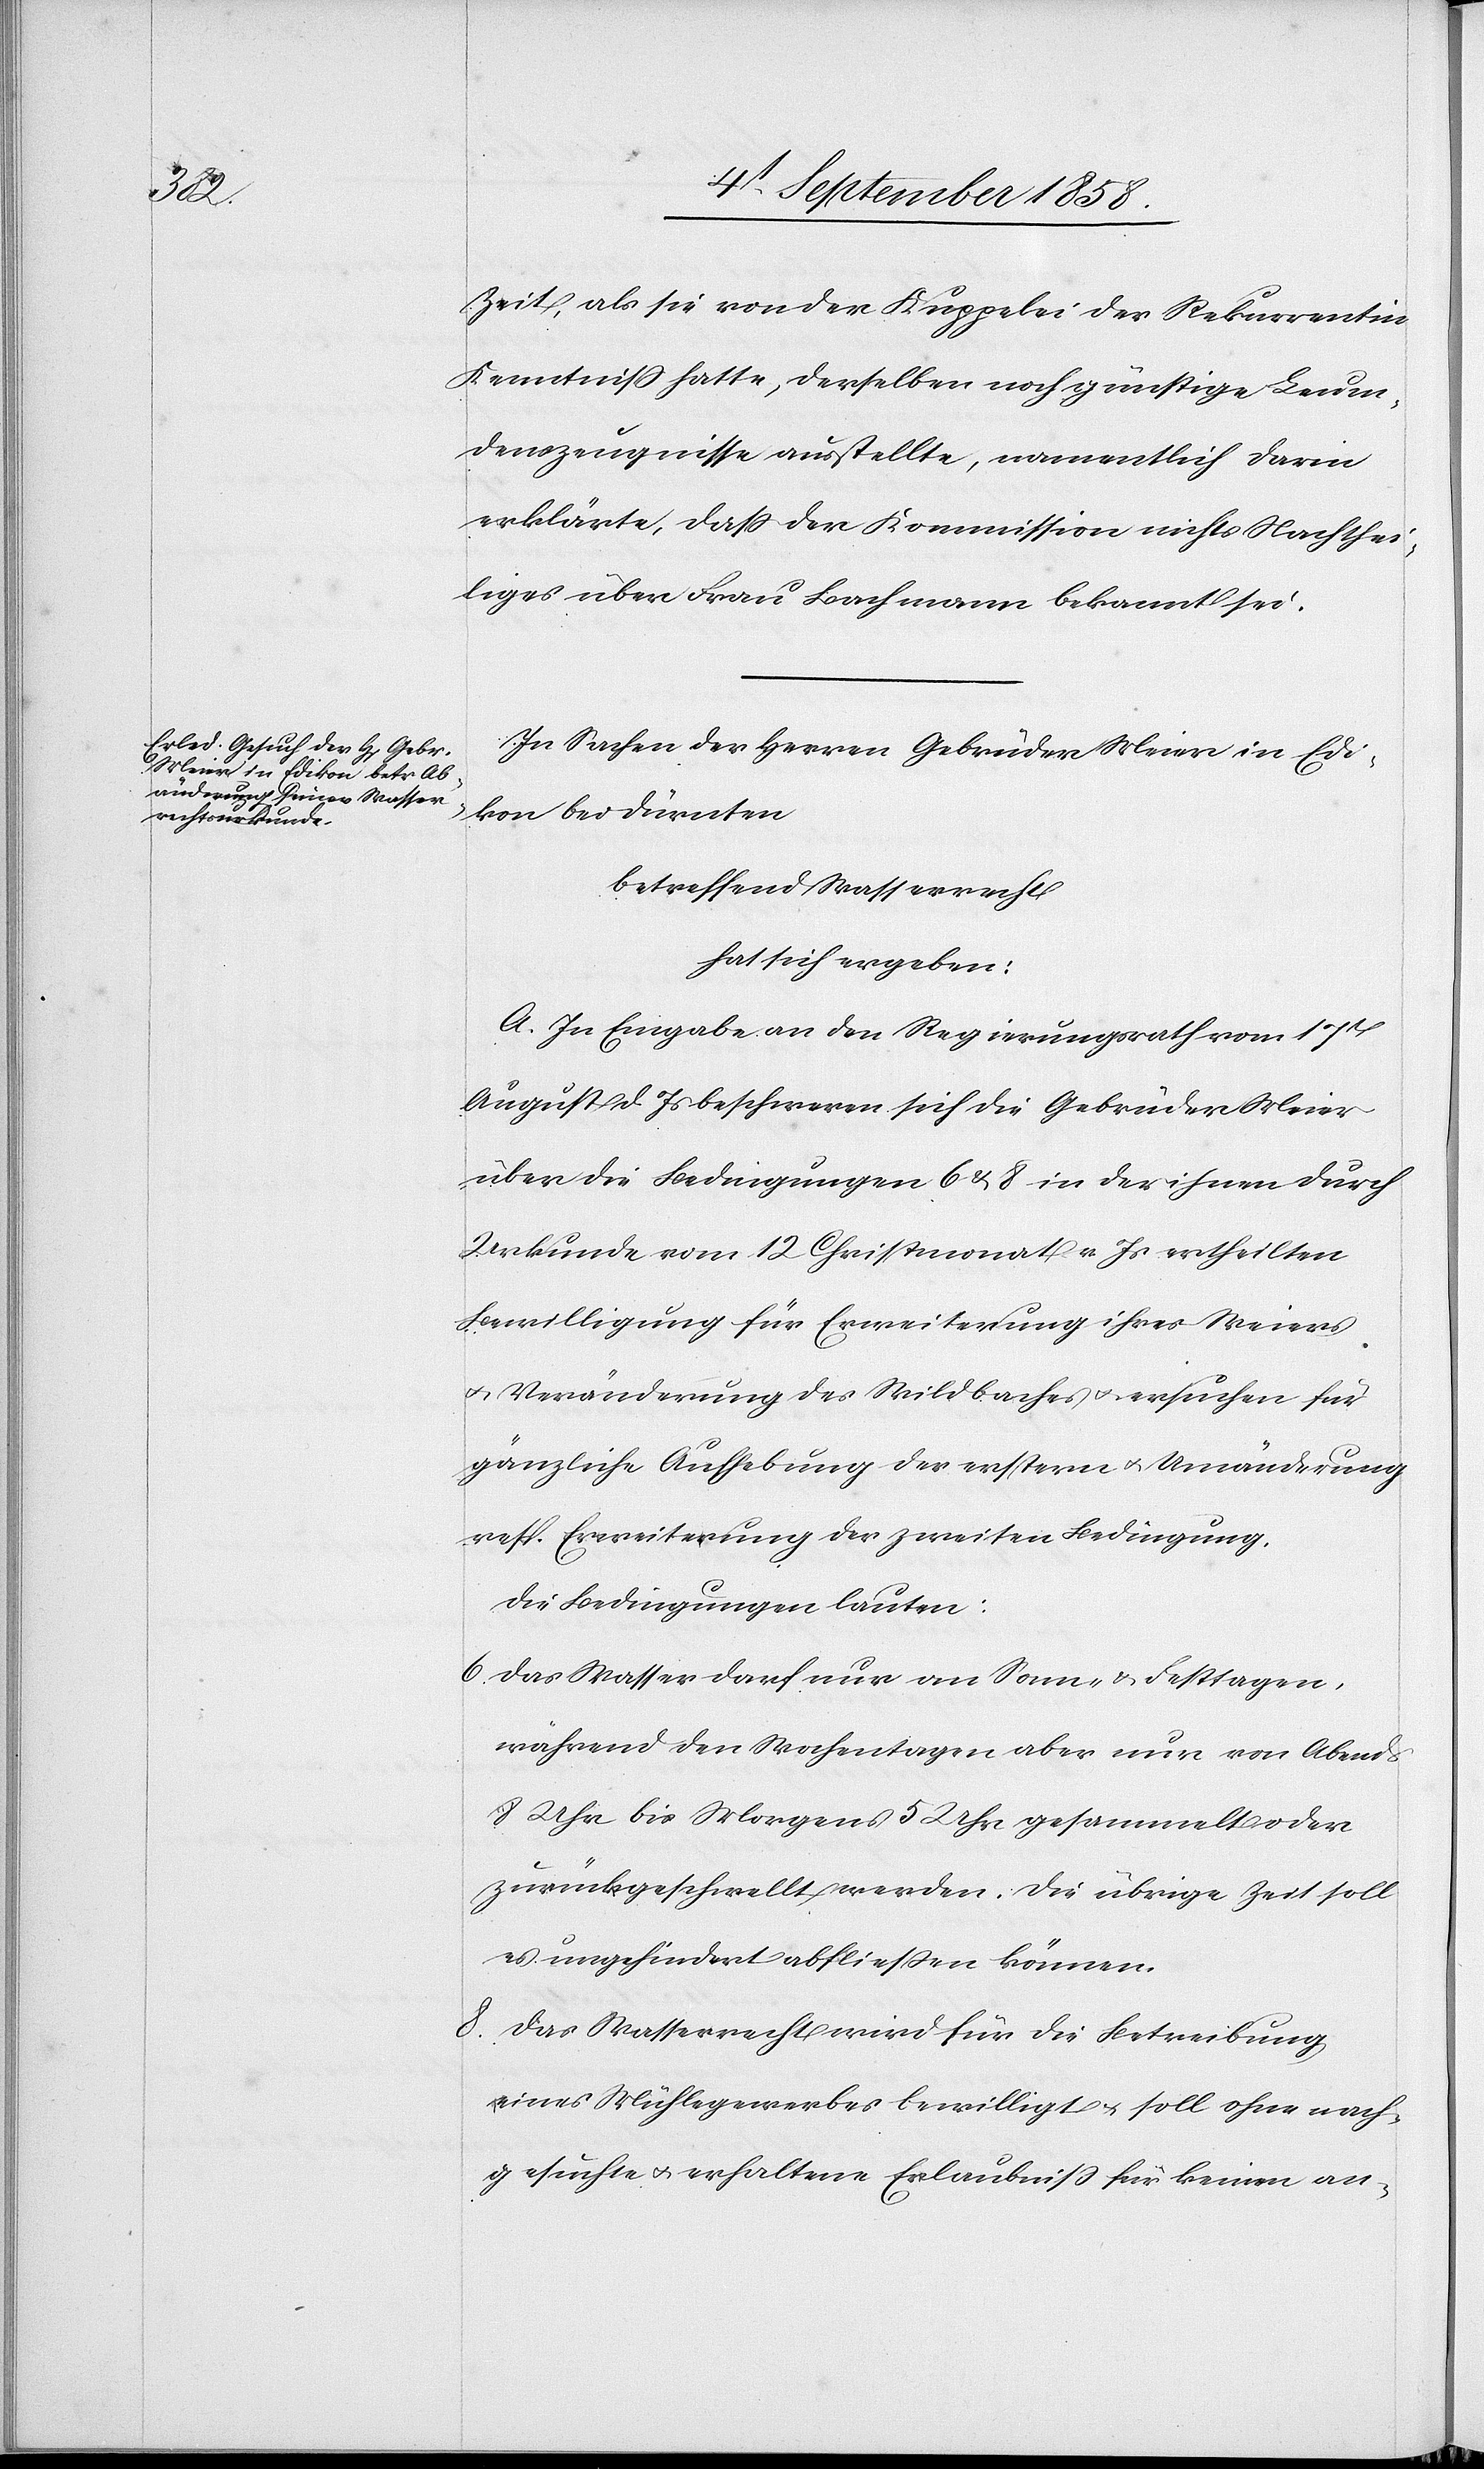
Zeit, als sie von der Kuppelei der Rekurrentin
Kenntniss hatte, derselben noch günstige Leum¬
denszeugnisse ausstellte, namentlich darin
erklärte, dass der Kommission nichts Nachthei¬
liges über Frau Bachmann bekannt sei.
In Sachen der Herren Gebrüder Meier in Edi¬
kon bei Dürnten
betreffend Wasserrecht
hat sich ergeben:
A. In Eingabe an den Regierungsrath vom 17t
August d. Js beschweren sich die Gebrüder Meier
über die Bedingungen 6 & 8 in der ihnen durch
Urkunde vom 12 Christmonat v. Js ertheilten
Bewilligung für Erweiterung ihres Weiers
& Veränderung des Wildbaches & ersuchen für
gänzliche Aufhebung der erstern & Umänderung
resp. Erweiterung der zweiten Bedingung.
Die Bedingungen lauten:
Das Wasser darf nur an Sonn- & Festtagen,
während den Wochentagen aber nur von Abends
8 Uhr bis Morgens 5 Uhr gesammelt oder
zurückgeschwellt werden. Die übrige Zeit soll
es ungehindert abfliessen können.
Das Wasserrecht wird für die Betreibung
eines Mühlegewerbes bewilligt & soll ohne nach¬
gesuchte & erhaltene Erlaubniss für keinen an-